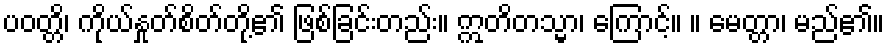
ပဝတ္တိ၊ ကိုယ်နှုတ်စိတ်တို့၏ ဖြစ်ခြင်းတည်း။ ဣတိတသ္မာ၊ ကြောင့်။ ။ မေတ္တာ၊ မည်၏။